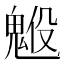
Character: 𩳇